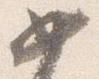
如